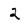
Character: 2